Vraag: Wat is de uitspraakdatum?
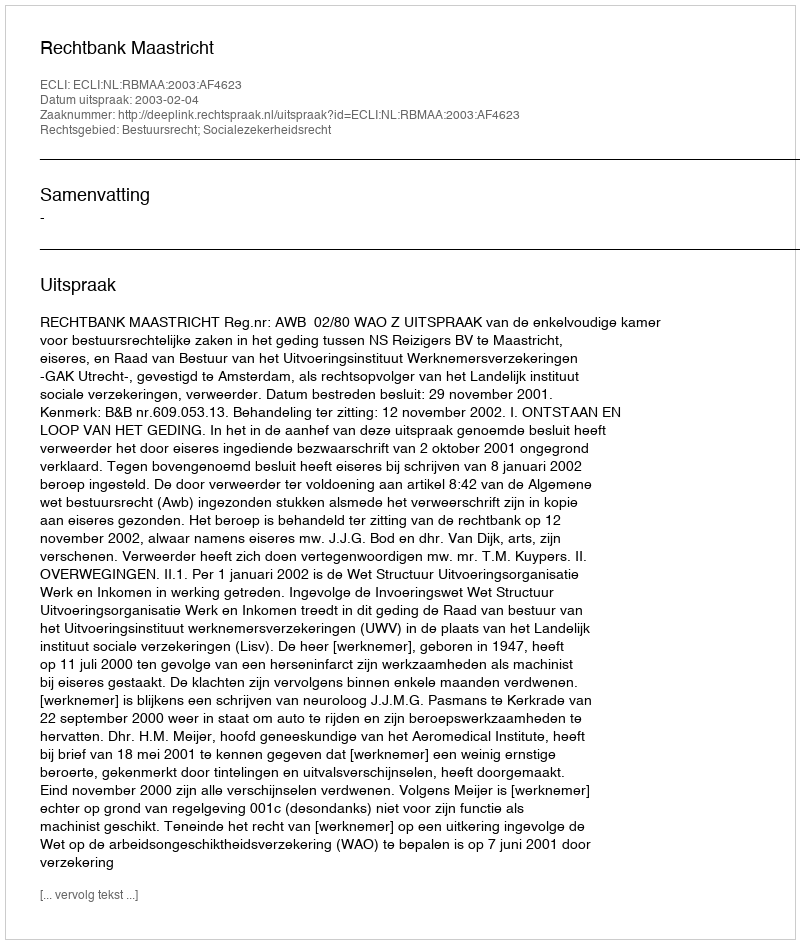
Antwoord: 2003-02-04